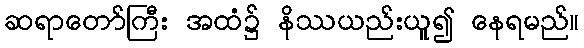
ဆရာတော်ကြီး အထံ၌ နိဿယည်းယူ၍ နေရမည်။